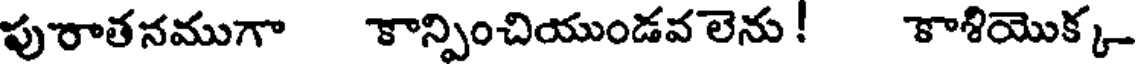
పురాతనముగా కాన్పించియుండవ లెను ! కాశియొక్క